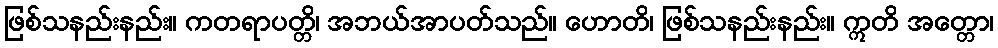
ဖြစ်သနည်းနည်း။ ကတရာပတ္တိ၊ အဘယ်အာပတ်သည်။ ဟောတိ၊ ဖြစ်သနည်းနည်း။ ဣတိ အတ္တော၊